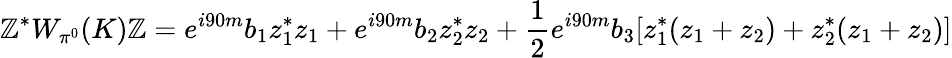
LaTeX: \mathbb{Z}^{*}W_{\pi^{0}}(K)\mathbb{Z}=e^{i90m}b_{1}z_{1}^{*}z_{1}+e^{i90m}b_{2}z_{2}^{*}z_{2}+\frac{1}{2}e^{i90m}b_{3}[z_{1}^{*}(z_{1}+z_{2})+z_{2}^{*}(z_{1}+z_{2})]